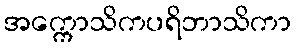
အက္ကောသိကပရိဘာသိကာ